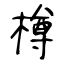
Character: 樽